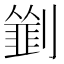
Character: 𠠃